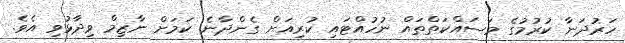
ހަރުދަނާ ކުރުމުގެ މަސައްކަތްތައް ނުހުއްޓައި ކުރިއަށް ގެންދާނެ ކަމަށް ނާޒިމް ވިދާޅުވި އެވެ.